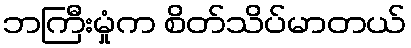
ဘကြီးမှုံက စိတ်သိပ်မာတယ်